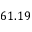
6 1 . 1 9